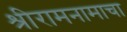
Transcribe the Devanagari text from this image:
श्रीरामनामाचा